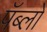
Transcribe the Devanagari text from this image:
पॅब्लो